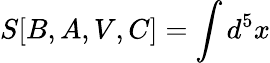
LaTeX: S[B,A,V,C]=\int d^{5}x